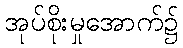
အုပ်စိုးမှုအောက်၌